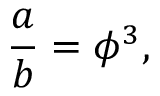
{ \frac { a } { b } } = \phi ^ { 3 } ,